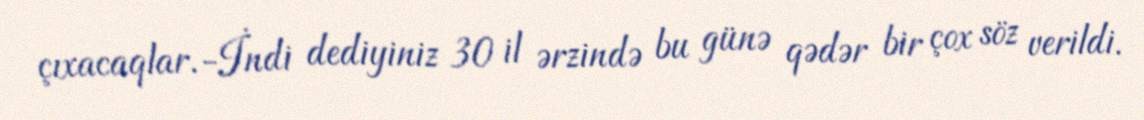
çıxacaqlar.-İndi dediyiniz 30 il ərzində bu günə qədər bir çox söz verildi.